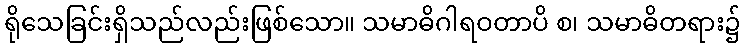
ရိုသေခြင်းရှိသည်လည်းဖြစ်သော။ သမာဓိဂါရဝတာပိ စ၊ သမာဓိတရား၌